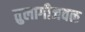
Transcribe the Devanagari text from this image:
तुलागीजवळ